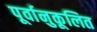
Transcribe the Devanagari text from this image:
पूर्वानुकूलित